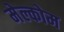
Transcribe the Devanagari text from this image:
मेल्कोम